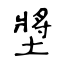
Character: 墏